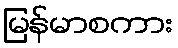
မြန်မာစကား